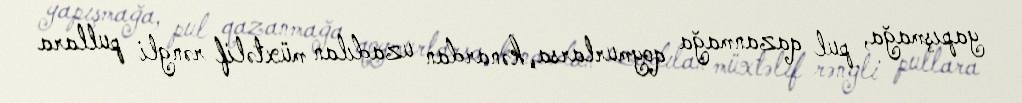
yapışmağa, pul qazanmağa qoymurlarsa, kənardan uzadılan müxtəlif rəngli pullara